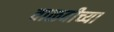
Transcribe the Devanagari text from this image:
वाळवीच्या